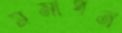
সমাপন